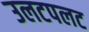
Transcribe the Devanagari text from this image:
उलटपलट